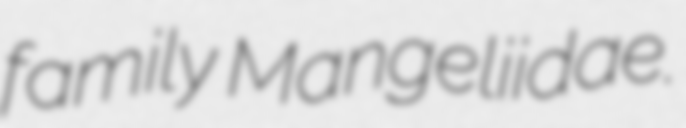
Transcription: family Mangeliidae.